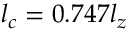
l _ { c } = 0 . 7 4 7 l _ { z }